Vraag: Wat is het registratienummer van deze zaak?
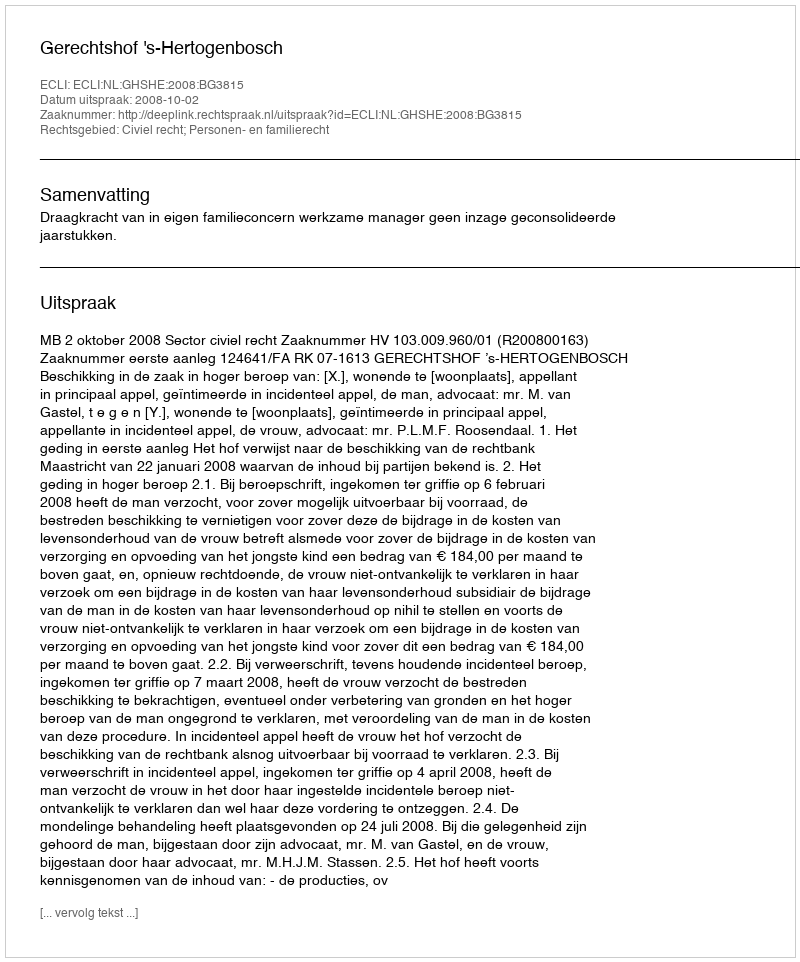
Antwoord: http://deeplink.rechtspraak.nl/uitspraak?id=ECLI:NL:GHSHE:2008:BG3815